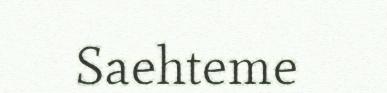
Saehteme